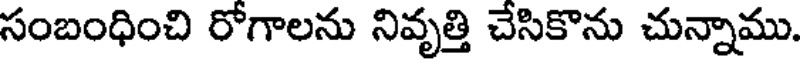
సంబంధించి రోగాలను నివృత్తి చేసికొను చున్నాము.